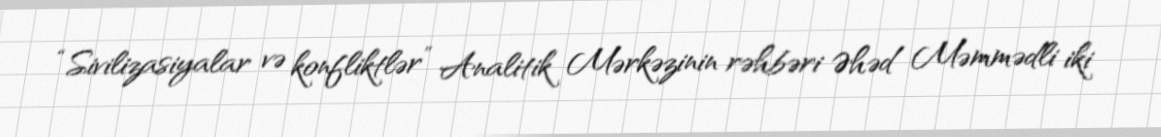
“Sivilizasiyalar və konfliktlər” Analitik Mərkəzinin rəhbəri Əhəd Məmmədli iki